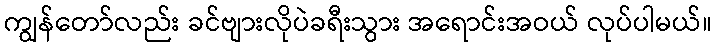
ကျွန်တော်လည်း ခင်ဗျားလိုပဲခရီးသွား အရောင်းအဝယ် လုပ်ပါမယ်။